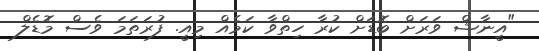
"އީނާޝް ވަރަށް ބޮޑަށް ކުރާ ހިތްވާ ކަމެއް މިއީ. ފުރަތަމަ ވެސް މޮޑެލް